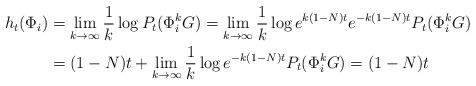
LaTeX: \begin{align*}h_t(\Phi_i)&=\lim_{k \to \infty}\frac{1}{k} \log P_t(\Phi_i^k G)=\lim_{k \to \infty}\frac{1}{k} \log e^{k(1-N)t} e^{-k(1-N)t} P_t(\Phi_i^k G) \\&=(1-N)t+ \lim_{k \to \infty}\frac{1}{k} \log e^{-k(1-N)t} P_t(\Phi_i^k G)=(1-N)t\end{align*}